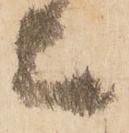
上